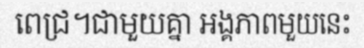
ពេជ្រ។ជាមួយគ្នា អង្គភាពមួយនេះ